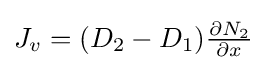
\textstyle J_{v}=(D_{2}-D_{1}){\frac {\partial N_{2}}{\partial x}}